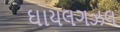
ઘાયલગઝલ